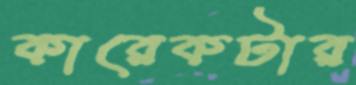
কারেকটার